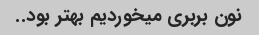
نون بربری میخوردیم بهتر بود..